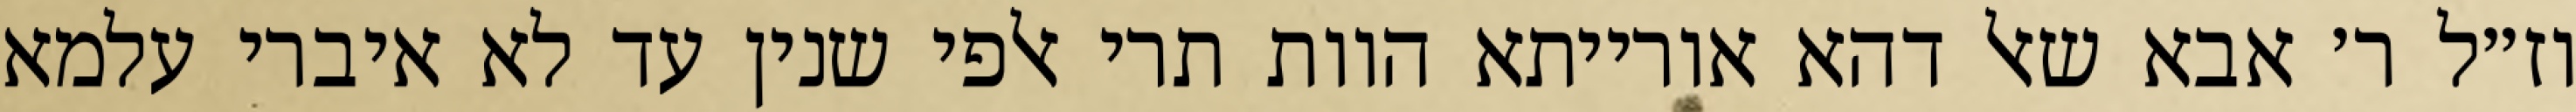
וז״ל ר׳ אבא שאל דהא אורייתא הוות תרי אלפי שנין עד לא איברי עלמא